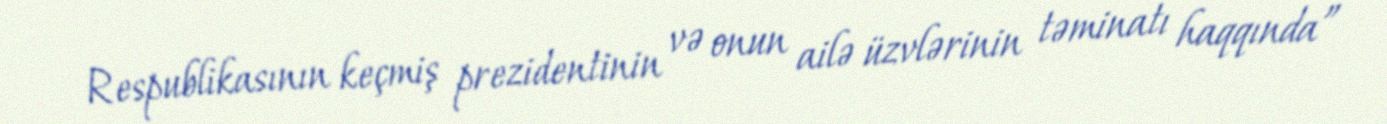
Respublikasının keçmiş prezidentinin və onun ailə üzvlərinin təminatı haqqında”